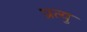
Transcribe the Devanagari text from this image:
प्रत्यु